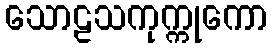
သောဠသကုက္ကုကော